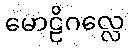
မောဠိဂလ္လေ